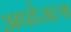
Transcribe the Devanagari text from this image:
अपोजल्स